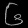
Digit: ၆